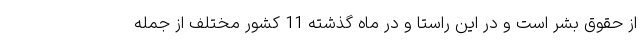
از حقوق بشر است و در این راستا و در ماه گذشته 11 کشور مختلف از جمله